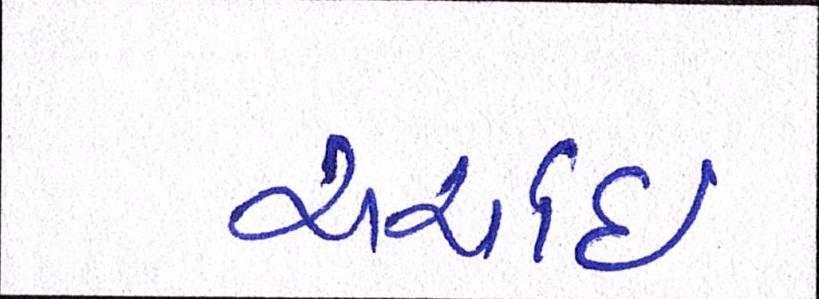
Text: ચર્ચાઇ